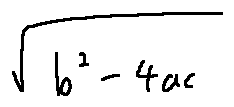
\sqrt { b ^ { 2 } - 4 a c }